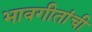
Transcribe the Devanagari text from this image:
भावगीतांची